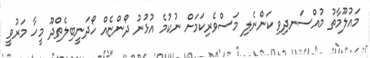
މައުލޫމާތު މުއްސަނދިވި ކަންނެލި މަސްވެރިކަމަށް ނުކުމެ އުޅުނު ދޯންޏެއް ހޯދަނީބިލެތްދޫ މީހާ މަރުވީ